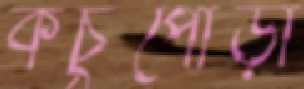
কচুপোড়া